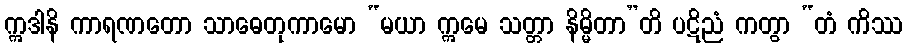
ဣဒါနိ ကာရဏတော သာဓေတုကာမော “မယာ ဣမေ သတ္တာ နိမ္မိတာ”တိ ပဋိညံ ကတွာ “တံ ကိဿ